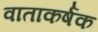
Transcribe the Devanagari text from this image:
वाताकर्षक